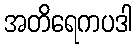
အတိရေကပဒါ